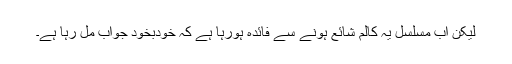
لیکن اب مسلسل یہ کالم شائع ہونے سے فائدہ ہورہا ہے کہ خودبخود جواب مل رہا ہے۔